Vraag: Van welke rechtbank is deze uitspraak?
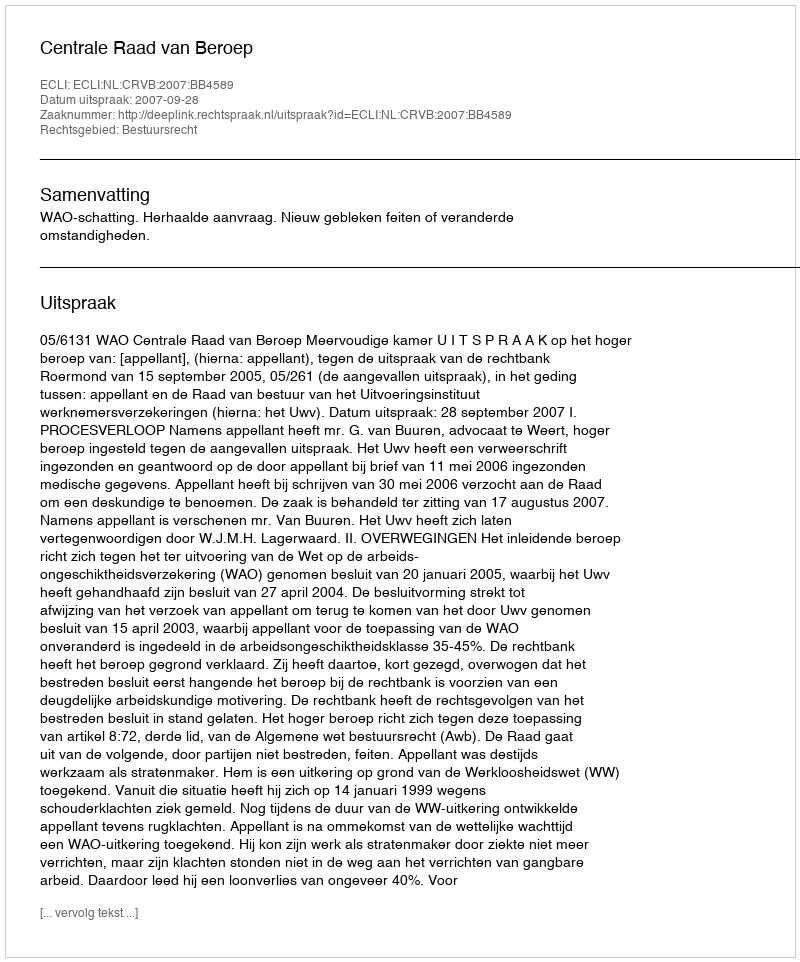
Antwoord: Centrale Raad van Beroep